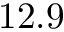
1 2 . 9